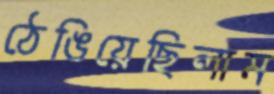
ঠেঙিয়েছিলাম